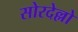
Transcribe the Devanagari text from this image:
सोरदेल्लो